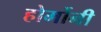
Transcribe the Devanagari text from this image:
होर्मोनी